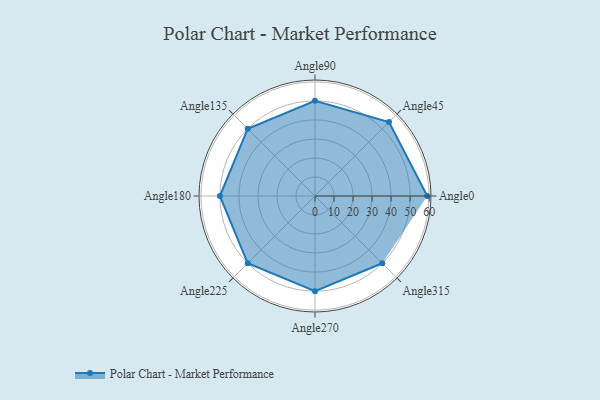
{"axis": {"x": "Angle", "y": "Radius"}, "legend": [""], "data": [{"x": "Angle0", "y": 59.0, "type": ""}, {"x": "Angle45", "y": 55.0, "type": ""}, {"x": "Angle90", "y": 50, "type": ""}, {"x": "Angle135", "y": 50, "type": ""}, {"x": "Angle180", "y": 50, "type": ""}, {"x": "Angle225", "y": 50, "type": ""}, {"x": "Angle270", "y": 50, "type": ""}, {"x": "Angle315", "y": 50, "type": ""}]}